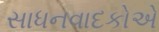
સાધનવાદકોએ